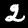
Label: 2